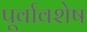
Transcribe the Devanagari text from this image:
पूर्वावशेष